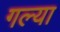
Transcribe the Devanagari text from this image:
गल्या